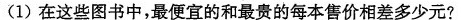
(1)在这些图书中，最便宜的和最贵的每本售价相差多少元?